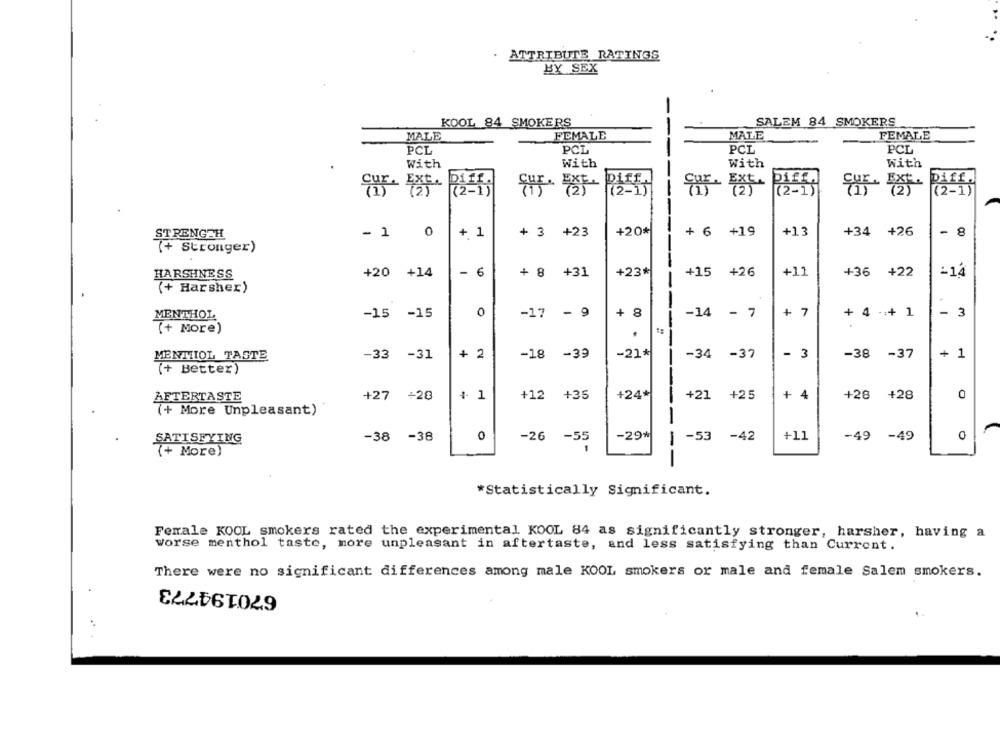
ATTRIBUTE RATINGS
BY SEX
KOOL 84 SMOKERS
SALEM 84 SMOKERS
MALE
FEMALE
MALE
FEMALE
PCL
POL
PCL
PCL
With
With
With
With
Diff.
(2-1)
(2-1)
(2-1)
(2-1)
+ 1
+ 3 +23
+20*
+ 6 +19
+13
+34 +26
- 8
STRENGTH
- 1 0
(+ Stronger)
HARSHNESS
+20 +14
- 6
+ 8
+31
+23*
+15 +26
+11
+36 +22
-14
(+ Harsher)
-15 -15
0
-17 - 9
+
8
-14 - 7
+ 7
+ 4 + 1
- 3
MENTHOL
(+ More)
.
-21*
MENTIOL TASTE
-33 -31
+ 2
-18
-39
-34 -37
- 3
-38 -37
+ 1
(+ Better)
+27
+20
+ 1
+12
+35
+24*
+21 +25
+ 4
+28
+28
0
AFTERTASTE
(+ More Unpleasant)
-
0
-29*
-53
+11
0
SATISFYING
-38 -38
-26
-55
-42
-49 -49
(+ More)
--
*Statistically Significant.
Ferrale KOOL smokers rated the experimental KOOL 84 as significantly stronger, harsher, having a
Worse menthol taste, more unpleasant in aftertaste, and less satisfying than Current.
There were no significant differences among male KOOL smokers or male and female Salem smokers.
670194773